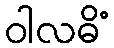
ဝါလဓိံ